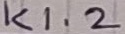
Text: K1.2